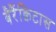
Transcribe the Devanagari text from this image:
बैरैंक्विटास